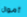
أموال